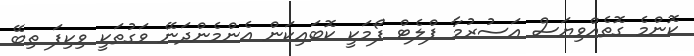
ކޮންމެ ގޮތެއްވިޔަސް އަސުރުމާ ޕްލެޓް ފޯމަކީ ކޮބައިކަން އެންމެންދަނޭ ވަގުތަކީ ވިކިފަ ތިބޭ